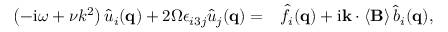
\begin{array} { r l } { \left( - \mathrm { i } \omega + \nu k ^ { 2 } \right) \hat { u } _ { i } ( \mathbf { q } ) + 2 \Omega \epsilon _ { i 3 j } \hat { u } _ { j } ( \mathbf { q } ) = } & { { } \hat { f } _ { i } ( \mathbf { q } ) + \mathrm { i } \mathbf { k } \cdot \left\langle \mathbf { B } \right\rangle \hat { b } _ { i } ( \mathbf { q } ) , } \end{array}